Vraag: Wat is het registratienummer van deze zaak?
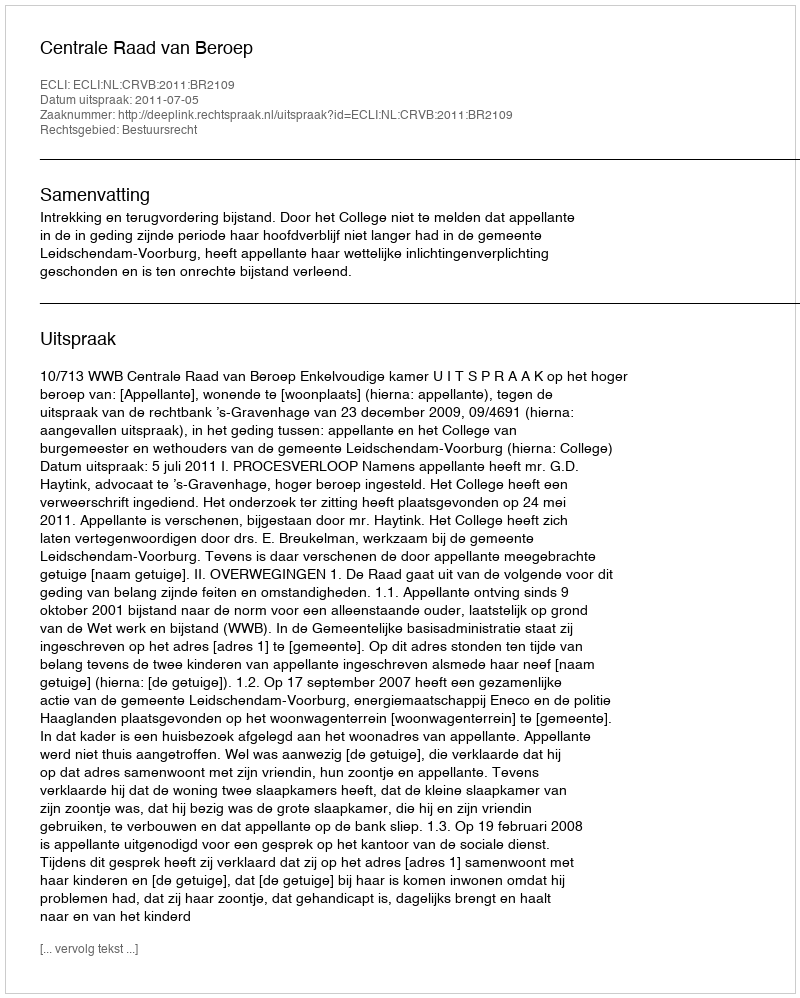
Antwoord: http://deeplink.rechtspraak.nl/uitspraak?id=ECLI:NL:CRVB:2011:BR2109